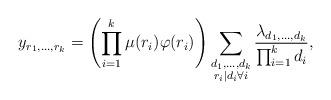
LaTeX: \begin{align*}y_{r_1,\ldots,r_k}=\left(\prod_{i=1}^k\mu(r_i)\varphi(r_i)\right)\sum_{\substack{d_1,\ldots,d_k\\r_i\mid d_i\forall i}}\frac{\lambda_{d_1,\ldots,d_k}}{\prod_{i=1}^kd_i},\end{align*}